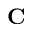
\mathbf { C }